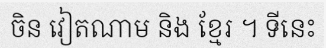
ចិន វៀតណាម និង ខ្មែរ ។ ទីនេះ